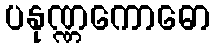
ပနုဏ္ဏကောဓော